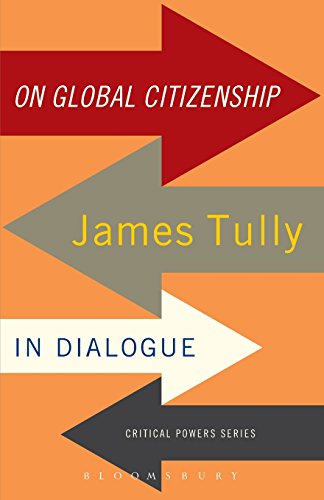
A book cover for On Global Citizenship: James Tully in Dialogue (Critical Powers); James Tully; Law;